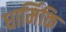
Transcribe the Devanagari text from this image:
धार्मिकि